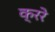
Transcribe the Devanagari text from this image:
क्ररे